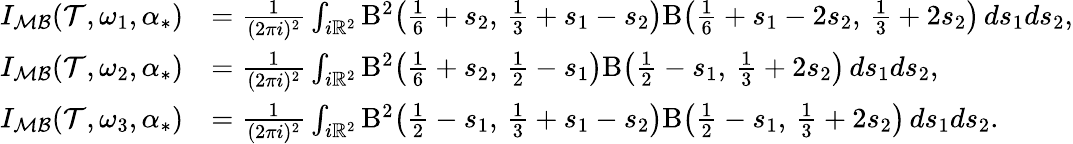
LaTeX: \begin{array}{rl}{I_{\mathcal{MB}}(\mathcal{T},\omega_{1},\alpha_{*})}&{=\frac{1}{(2\pi i)^{2}}\int_{i\mathbb{R}^{2}}\mathrm{B}^{2}\bigl(\frac 16+s_{2},\, \frac 13+s_{1}-s_{2}\bigr)\mathrm{B}\bigl(\frac 16+s_{1}-2s_{2},\, \frac 13+2s_{2}\bigr)\, ds_{1}ds_{2},}\\ {I_{\mathcal{MB}}(\mathcal{T},\omega_{2},\alpha_{*})}&{=\frac{1}{(2\pi i)^{2}}\int_{i\mathbb{R}^{2}}\mathrm{B}^{2}\bigl(\frac 16+s_{2},\, \frac 12-s_{1}\bigr)\mathrm{B}\bigl(\frac 12-s_{1},\, \frac 13+2s_{2}\bigr)\, ds_{1}ds_{2},}\\ {I_{\mathcal{MB}}(\mathcal{T},\omega_{3},\alpha_{*})}&{=\frac{1}{(2\pi i)^{2}}\int_{i\mathbb{R}^{2}}\mathrm{B}^{2}\bigl(\frac 12-s_{1},\, \frac 13+s_{1}-s_{2}\bigr)\mathrm{B}\bigl(\frac 12-s_{1},\, \frac 13+2s_{2}\bigr)\, ds_{1}ds_{2}.}\end{array}